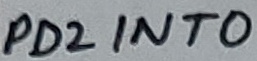
Text: PD2INT0